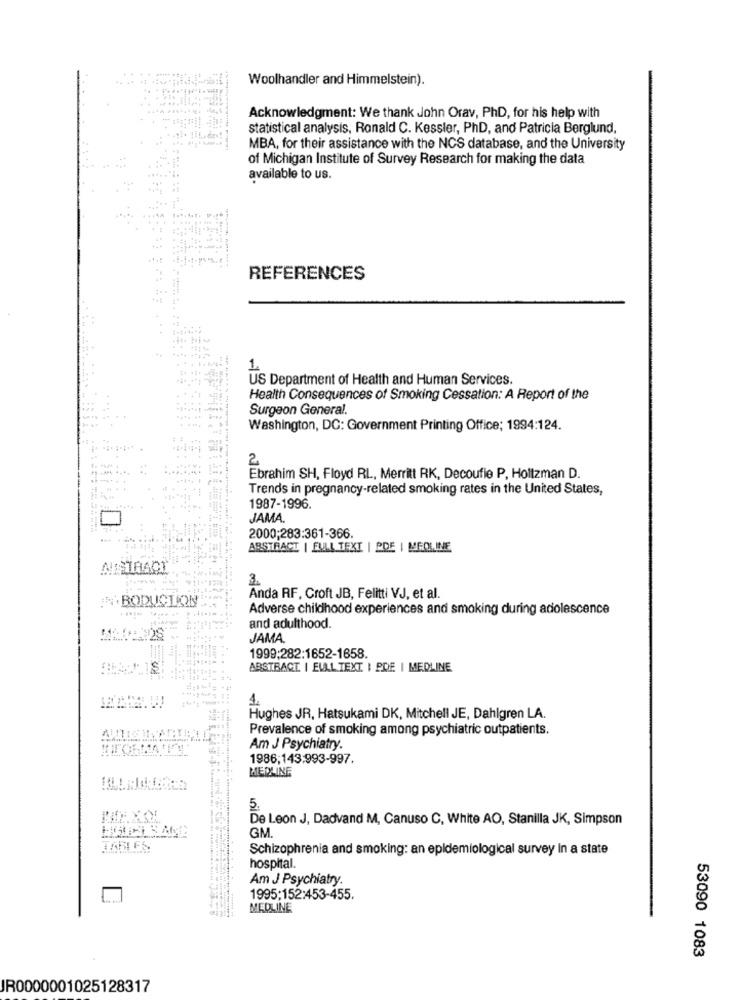
Woolhandler and Himmelstein).
Acknowledgment: We thank John Orav, PhD, for his help with
statistical analysis, Ronald C. Kessler, PhD, and Patricia Berglund,
MBA, for their assistance with the NCS database, and the University
of Michigan Institute of Survey Research for making the data
available to us.
REFERENCES
US Department of Health and Human Services.
Health Consequences of Smoking Cessation: A Report of the
Surgeon General.
Washington, DC: Government Printing Office; 1994:124.
2
Ebrahim SH, Floyd RL, Merritt RK, Decoufie P, Holtzman D.
Trends in pregnancy-related smoking rates in the United States,
1987-1996.
JAMA.
2000;283:361-366.
ABSTRACT | FULL TEXT | PDE | MEDLINE
3.
MBODUCTION
Anda RF, Croft JB, Felitti VJ, et al.
Adverse childhood experiences and smoking during adolescence
and adulthood.
JAMA.
1999;282:1652-1658.
1S
ABSTRACT | FULL TEXT | PDF | MEDLINE
Hughes JR, Hatsukami DK, Mitchell JE, Dahlgren LA.
Prevalence of smoking among psychiatric outpatients.
Am J Psychiatry.
1986;143:993-997.
MEDLINE
5.
De Leon J, Dadvand M, Canuso C, White AO, Stanilla JK, Simpson
GM.
Schizophrenia and smoking: an epidemiological survey in a state
hospital.
Am J Psychiatry.
1995;152:453-455.
MEDLINE
53090 1083
JR0000001025128317